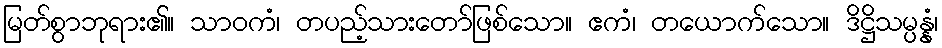
မြတ်စွာဘုရား၏။ သာဝကံ၊ တပည့်သားတော်ဖြစ်သော။ ဧကံ၊ တယောက်သော။ ဒိဋ္ဌိသမ္ပန္နံ၊